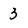
Character: 3